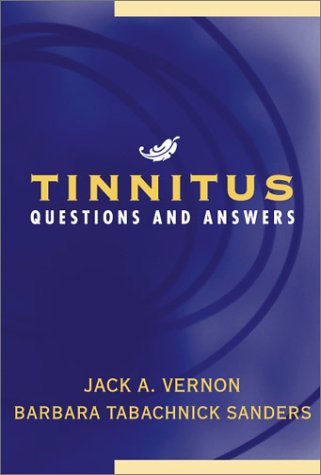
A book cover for Tinnitus: Questions and Answers; Jack A. Vernon; Health, Fitness & Dieting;